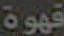
قهوة